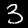
Digit: 3